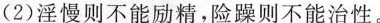
(2)淫慢则不能励精，险躁则不能治性。